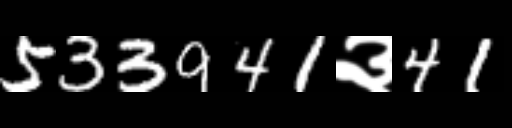
Text: 533941३41